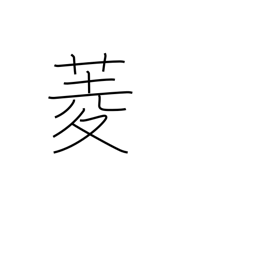
Meaning: diamond (shape)